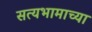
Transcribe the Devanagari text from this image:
सत्यभामाच्या